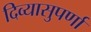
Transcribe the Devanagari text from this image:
दिव्यासुपर्णा